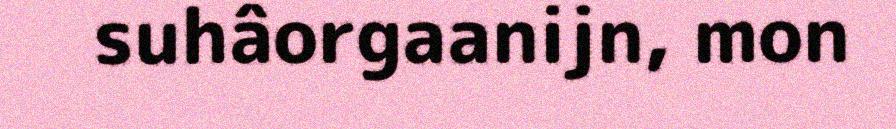
suhâorgaanijn, mon